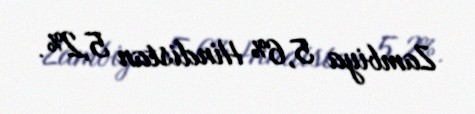
Zambiya 5,6% Hindistan 5,2%.